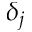
\delta _ { j }